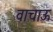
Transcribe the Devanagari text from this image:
वाचाऊ